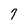
Character: 7